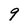
Character: 9